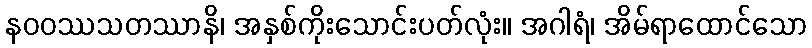
နဝဝဿသတဿာနိ၊ အနှစ်ကိုးသောင်းပတ်လုံး။ အဂါရံ၊ အိမ်ရာထောင်သော